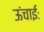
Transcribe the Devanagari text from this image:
ऊंचाईः